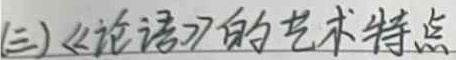
(三)《论语》的艺术特点